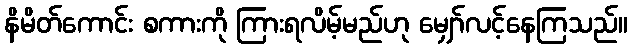
နိမိတ်ကောင်း စကားကို ကြားရလိမ့်မည်ဟု မျှော်လင့်နေကြသည်။